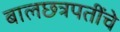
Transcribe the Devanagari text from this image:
बालछत्रपतींचे